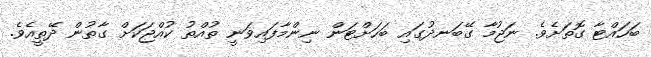
ބަހައްޓާ ގޮތަށެވެ. ނަޖުމާ ގޭބަނދުގައި ބަހަށްޓަން ނިންމާފައިވަނީ ތުއްތު ކުއްޖަކަށް ގާތުން ދޭތީއެވެ.